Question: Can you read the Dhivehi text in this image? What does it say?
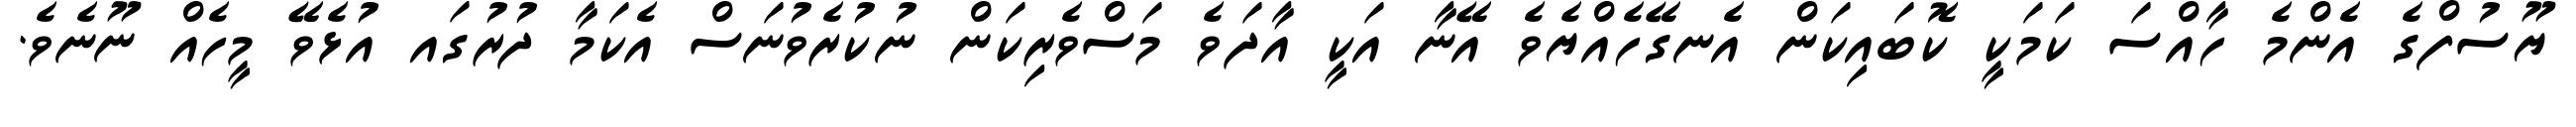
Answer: ޔޫސުފްގެ އެންމެ ހާއްސަ ކަމަކީ ކޮބައިކަން އެނގޭހެއްޔެވެ އޭނާ އަކީ އާދަވެ މަސްވެރިކަން ނުކުރެވުނަސް އެކަމާ ދުރުގައ އުޅެވޭ މީހެއް ނޫނެވެ.